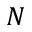
N